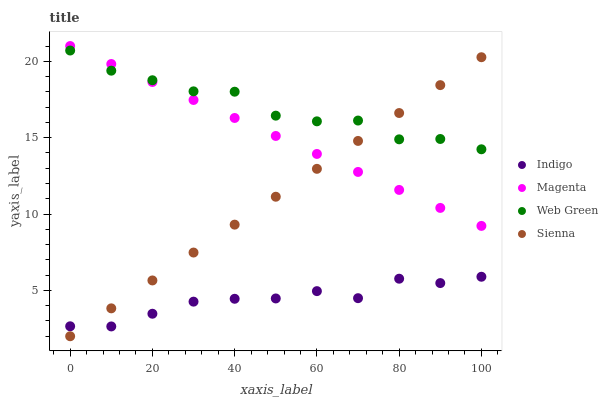
| xaxis_label | Indigo | Magenta | Web Green | Sienna |
 | --- | --- | --- | --- | --- |
 | 0 | 2.65 | 21 | 20.7 | 2 |
 | 10 | 2.64 | 19.8 | 19.4 | 3.83 |
 | 20 | 3.47 | 18.6 | 18.8 | 5.65 |
 | 30 | 4.27 | 17.5 | 18 | 7.48 |
 | 40 | 4.45 | 16.3 | 18 | 9.31 |
 | 50 | 4.47 | 15.1 | 16.4 | 11.1 |
 | 60 | 4.95 | 13.9 | 16.1 | 13 |
 | 70 | 4.49 | 12.8 | 16.1 | 14.8 |
 | 80 | 5.77 | 11.6 | 14.9 | 16.6 |
 | 90 | 5.48 | 10.4 | 14.9 | 18.4 |
 | 100 | 5.9 | 9.22 | 14.2 | 20.3 |